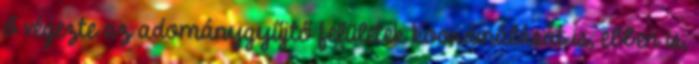
ő végezte az adománygyűjtő felületek koordinálását is, ebben is,